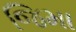
જિમા